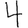
Digit: 4